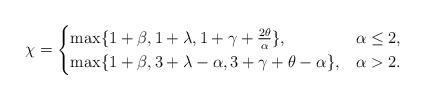
LaTeX: \begin{align*}\chi =\begin{cases}\max\{1+\beta, 1+\lambda, 1+ \gamma+ \frac{2\theta}{\alpha} \}, & \alpha \leq 2 , \\\max\{1+\beta, 3+\lambda-\alpha, 3+\gamma+\theta-\alpha\}, & \alpha > 2 .\end{cases}\end{align*}